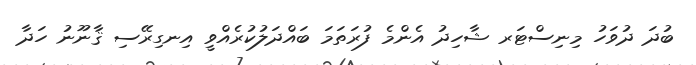
ބުދަ ދުވަހު މިނިސްޓަރ ޝާހިދު އެންމެ ފުރަތަމަ ބައްދަލުކުރެއްވީ އިނގިރޭސި ޤާނޫނު ހަދާ